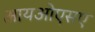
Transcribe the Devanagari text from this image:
आयओएसए